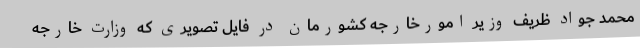
محمد جواد ظریف وزیر امورخارجه کشورمان در فایل تصویری که وزارت خارجه